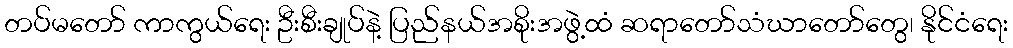
တပ်မတော် ကာကွယ်ရေး ဦးစီးချုပ်နဲ့ ပြည်နယ်အစိုးအဖွဲ့ထံ ဆရာတော်သံဃာတော်တွေ၊ နိုင်ငံရေး